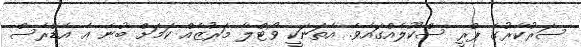
ސަރުކާރުގެ ޕްރީ ސްކޫލެއްގައެވެ. އެތަނަކީ ވޯޓްލާ މަރުޒެއް ކަމަށް ބުނެ އެ އެޑްރެސް